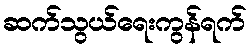
ဆက်သွယ်ရေးကွန်ရက်